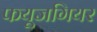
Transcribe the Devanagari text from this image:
फयूजगियर